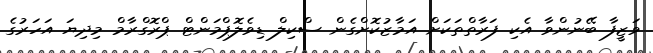
ވަޒީފާ ބޭނުންވާ އެކި ފަރާތްތަކަށް އަމާޒުކޮށްގެން ސްކިލް ޑިވެލޮޕްމަންޓް ޕްރޮގްރާމް މިދިޔަ އަހަރުގެ